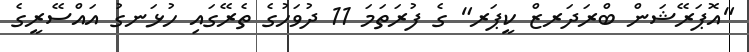
"އޮޕަރޭޝަން ބްރަދަރޒް ކީޕަރ" ގެ ފުރަތަމަ 11 ދުވަހުގެ ތެރޭގައި ހުޅަނގު އައްސޭރީގެ